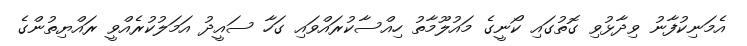
އެމަނިކުފާނު ވިދާޅުވި ގޮތުގައި ކޯނީގެ މައުލޫމާތު ހިއްސާކުރައްވައި ގަހާ ސައީދު އަމަލުކުރެއްވީ ރައްޔިތުންގެ